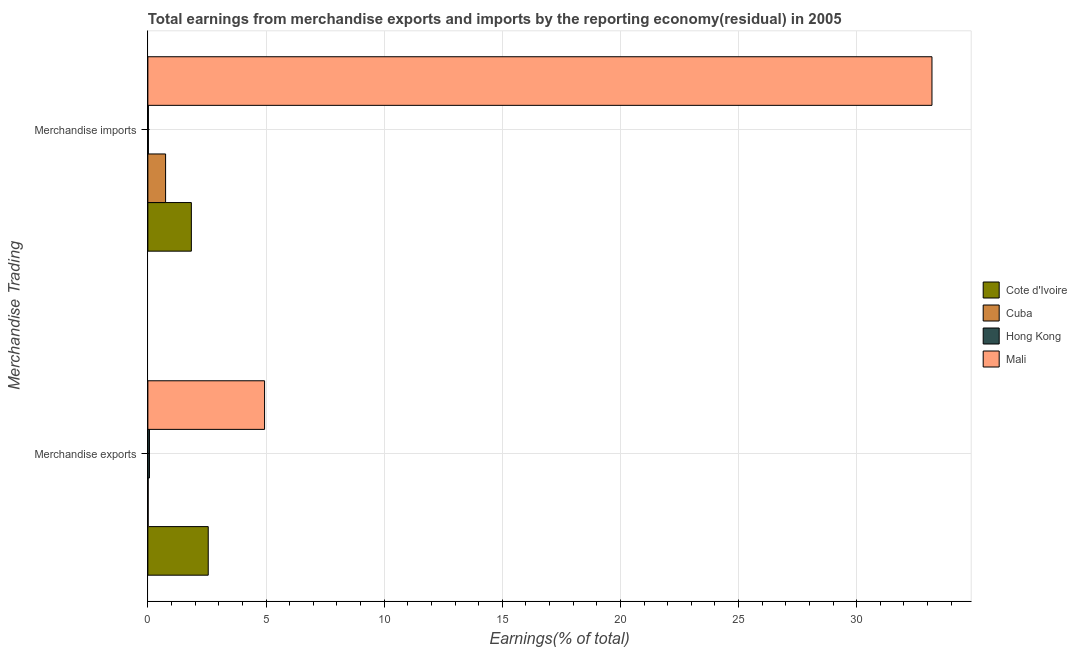
| Merchandise Trading | Cote d'Ivoire | Cuba | Hong Kong | Mali |
 | --- | --- | --- | --- | --- |
 | Merchandise exports | 2.56 | 0.0124 | 0.0673 | 4.94 |
 | Merchandise imports | 1.84 | 0.751 | 0.022 | 33.2 |